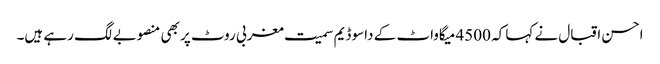
احسن اقبال نے کہا کہ 4500 میگاواٹ کے داسو ڈیم سمیت مغربی روٹ پر بھی منصوبے لگ رہے ہیں۔